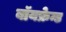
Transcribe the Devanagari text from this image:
बॉयफ्रेन्ड